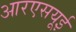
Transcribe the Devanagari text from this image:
आरएसयूई